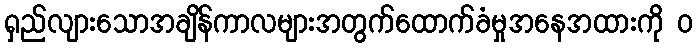
ရှည်လျားသောအချိန်ကာလများအတွက်ထောက်ခံမှုအနေအထားကို ၀